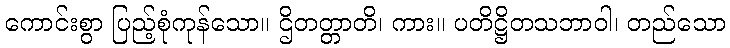
ကောင်းစွာ ပြည့်စုံကုန်သော။ ဌိတတ္တာတိ၊ ကား။ ပတိဋ္ဌိတသဘာဝါ၊ တည်သော